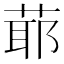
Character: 𦳃